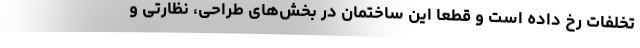
تخلفات رخ داده است و قطعا این ساختمان در بخش‌های طراحی، نظارتی و